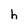
Character: h